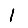
Digit: 1